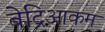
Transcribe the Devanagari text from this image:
बेद्रिआकम